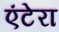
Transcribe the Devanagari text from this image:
एंटेरा